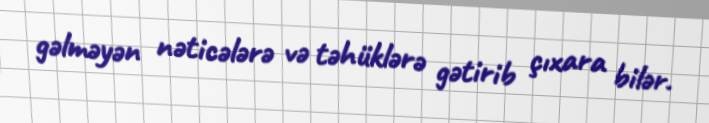
gəlməyən nəticələrə və təhüklərə gətirib çıxara bilər.